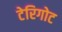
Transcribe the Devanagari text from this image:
टेरिगोट